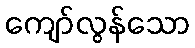
ကျော်လွန်သော